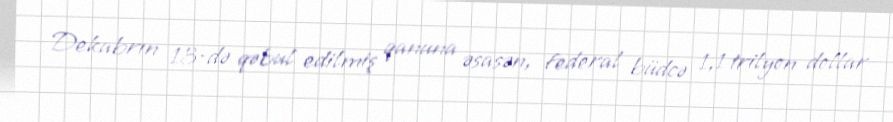
Dekabrın 13-də qəbul edilmiş qanuna əsasən, federal büdcə 1,1 trilyon dollar